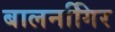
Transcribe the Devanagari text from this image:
बालनगििर